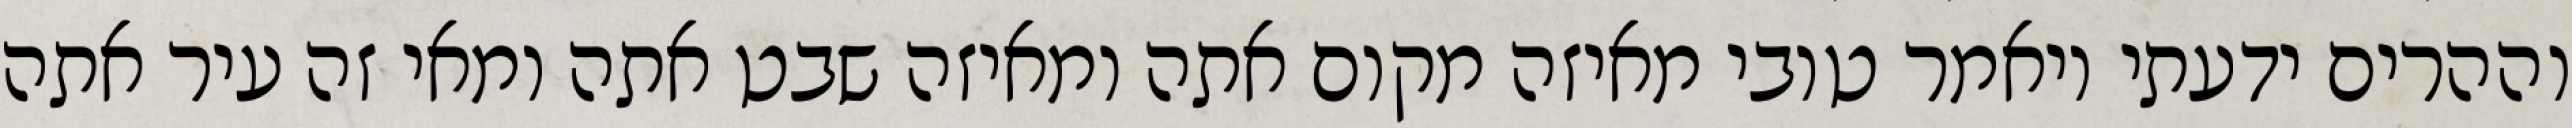
וההרים ידעתי ויאמר טובי מאיזה מקום אתה ומאיזה שבט אתה ומאי זה עיר אתה